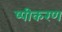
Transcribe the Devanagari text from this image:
ष्पीकरण